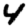
Digit: 4